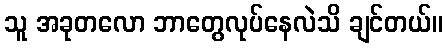
သူ အခုတလော ဘာတွေလုပ်နေလဲသိ ချင်တယ်။